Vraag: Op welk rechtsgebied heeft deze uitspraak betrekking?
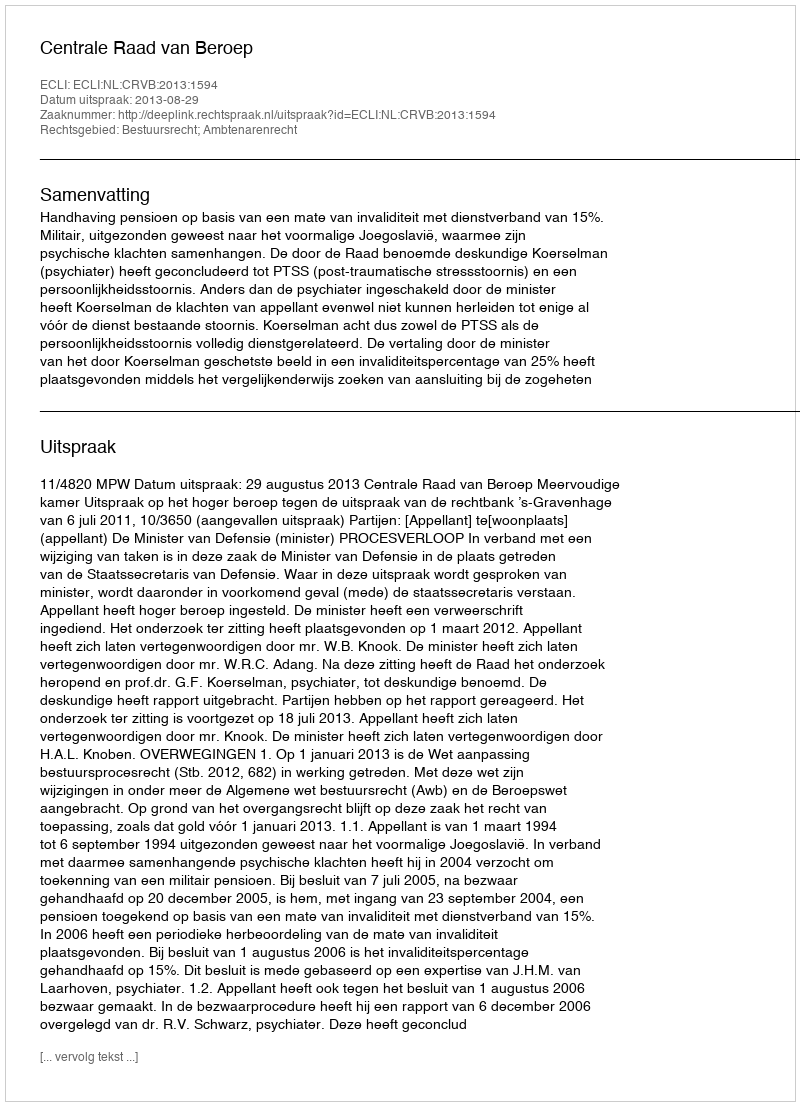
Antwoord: Bestuursrecht; Ambtenarenrecht